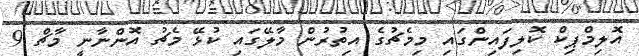
އޮލިމްޕިކް ކޮލިފައިންގައި މިމެޗުގެ އިތުރުން މާލޭގައި ކުޅޭ މެޗު އޮންނާނީ މާޗް 9